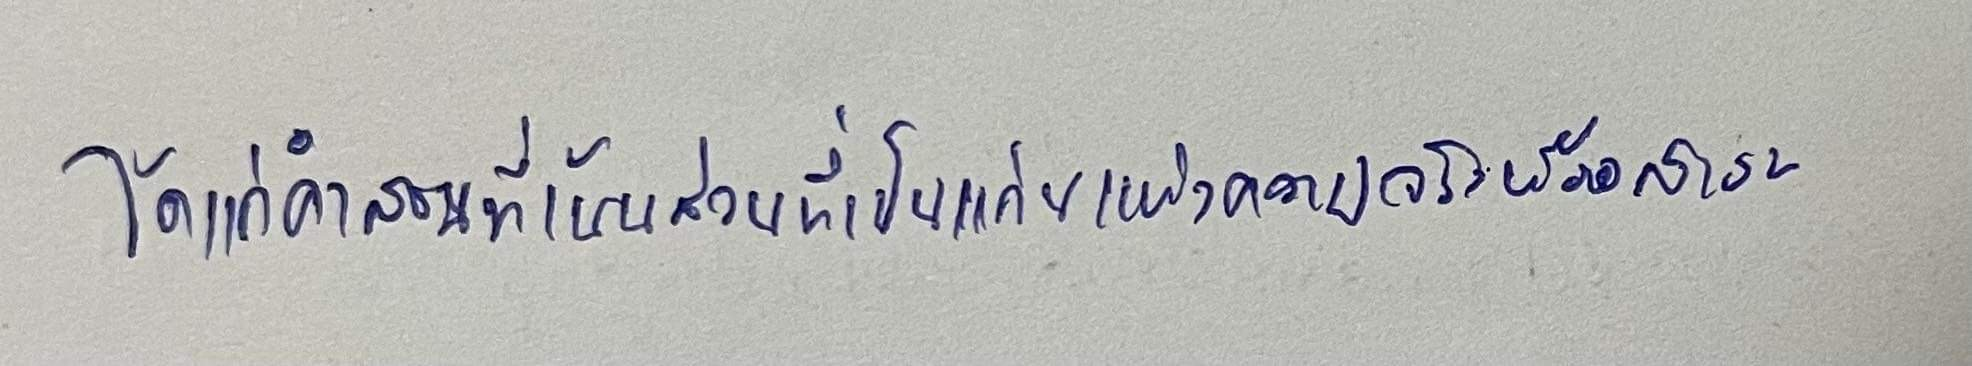
ได้แก่คำสอนที่เน้นส่วนที่เป็นแก่นแห่งความจริงหรือสาระ